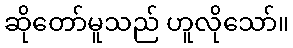
ဆိုတော်မူသည် ဟူလိုသော်။